DOW-UAP-D19, Mission Report, Syria, February 21, 2023
Agency: Department of War
Incident date: 2/21/23
Incident location: Syria
Page 3
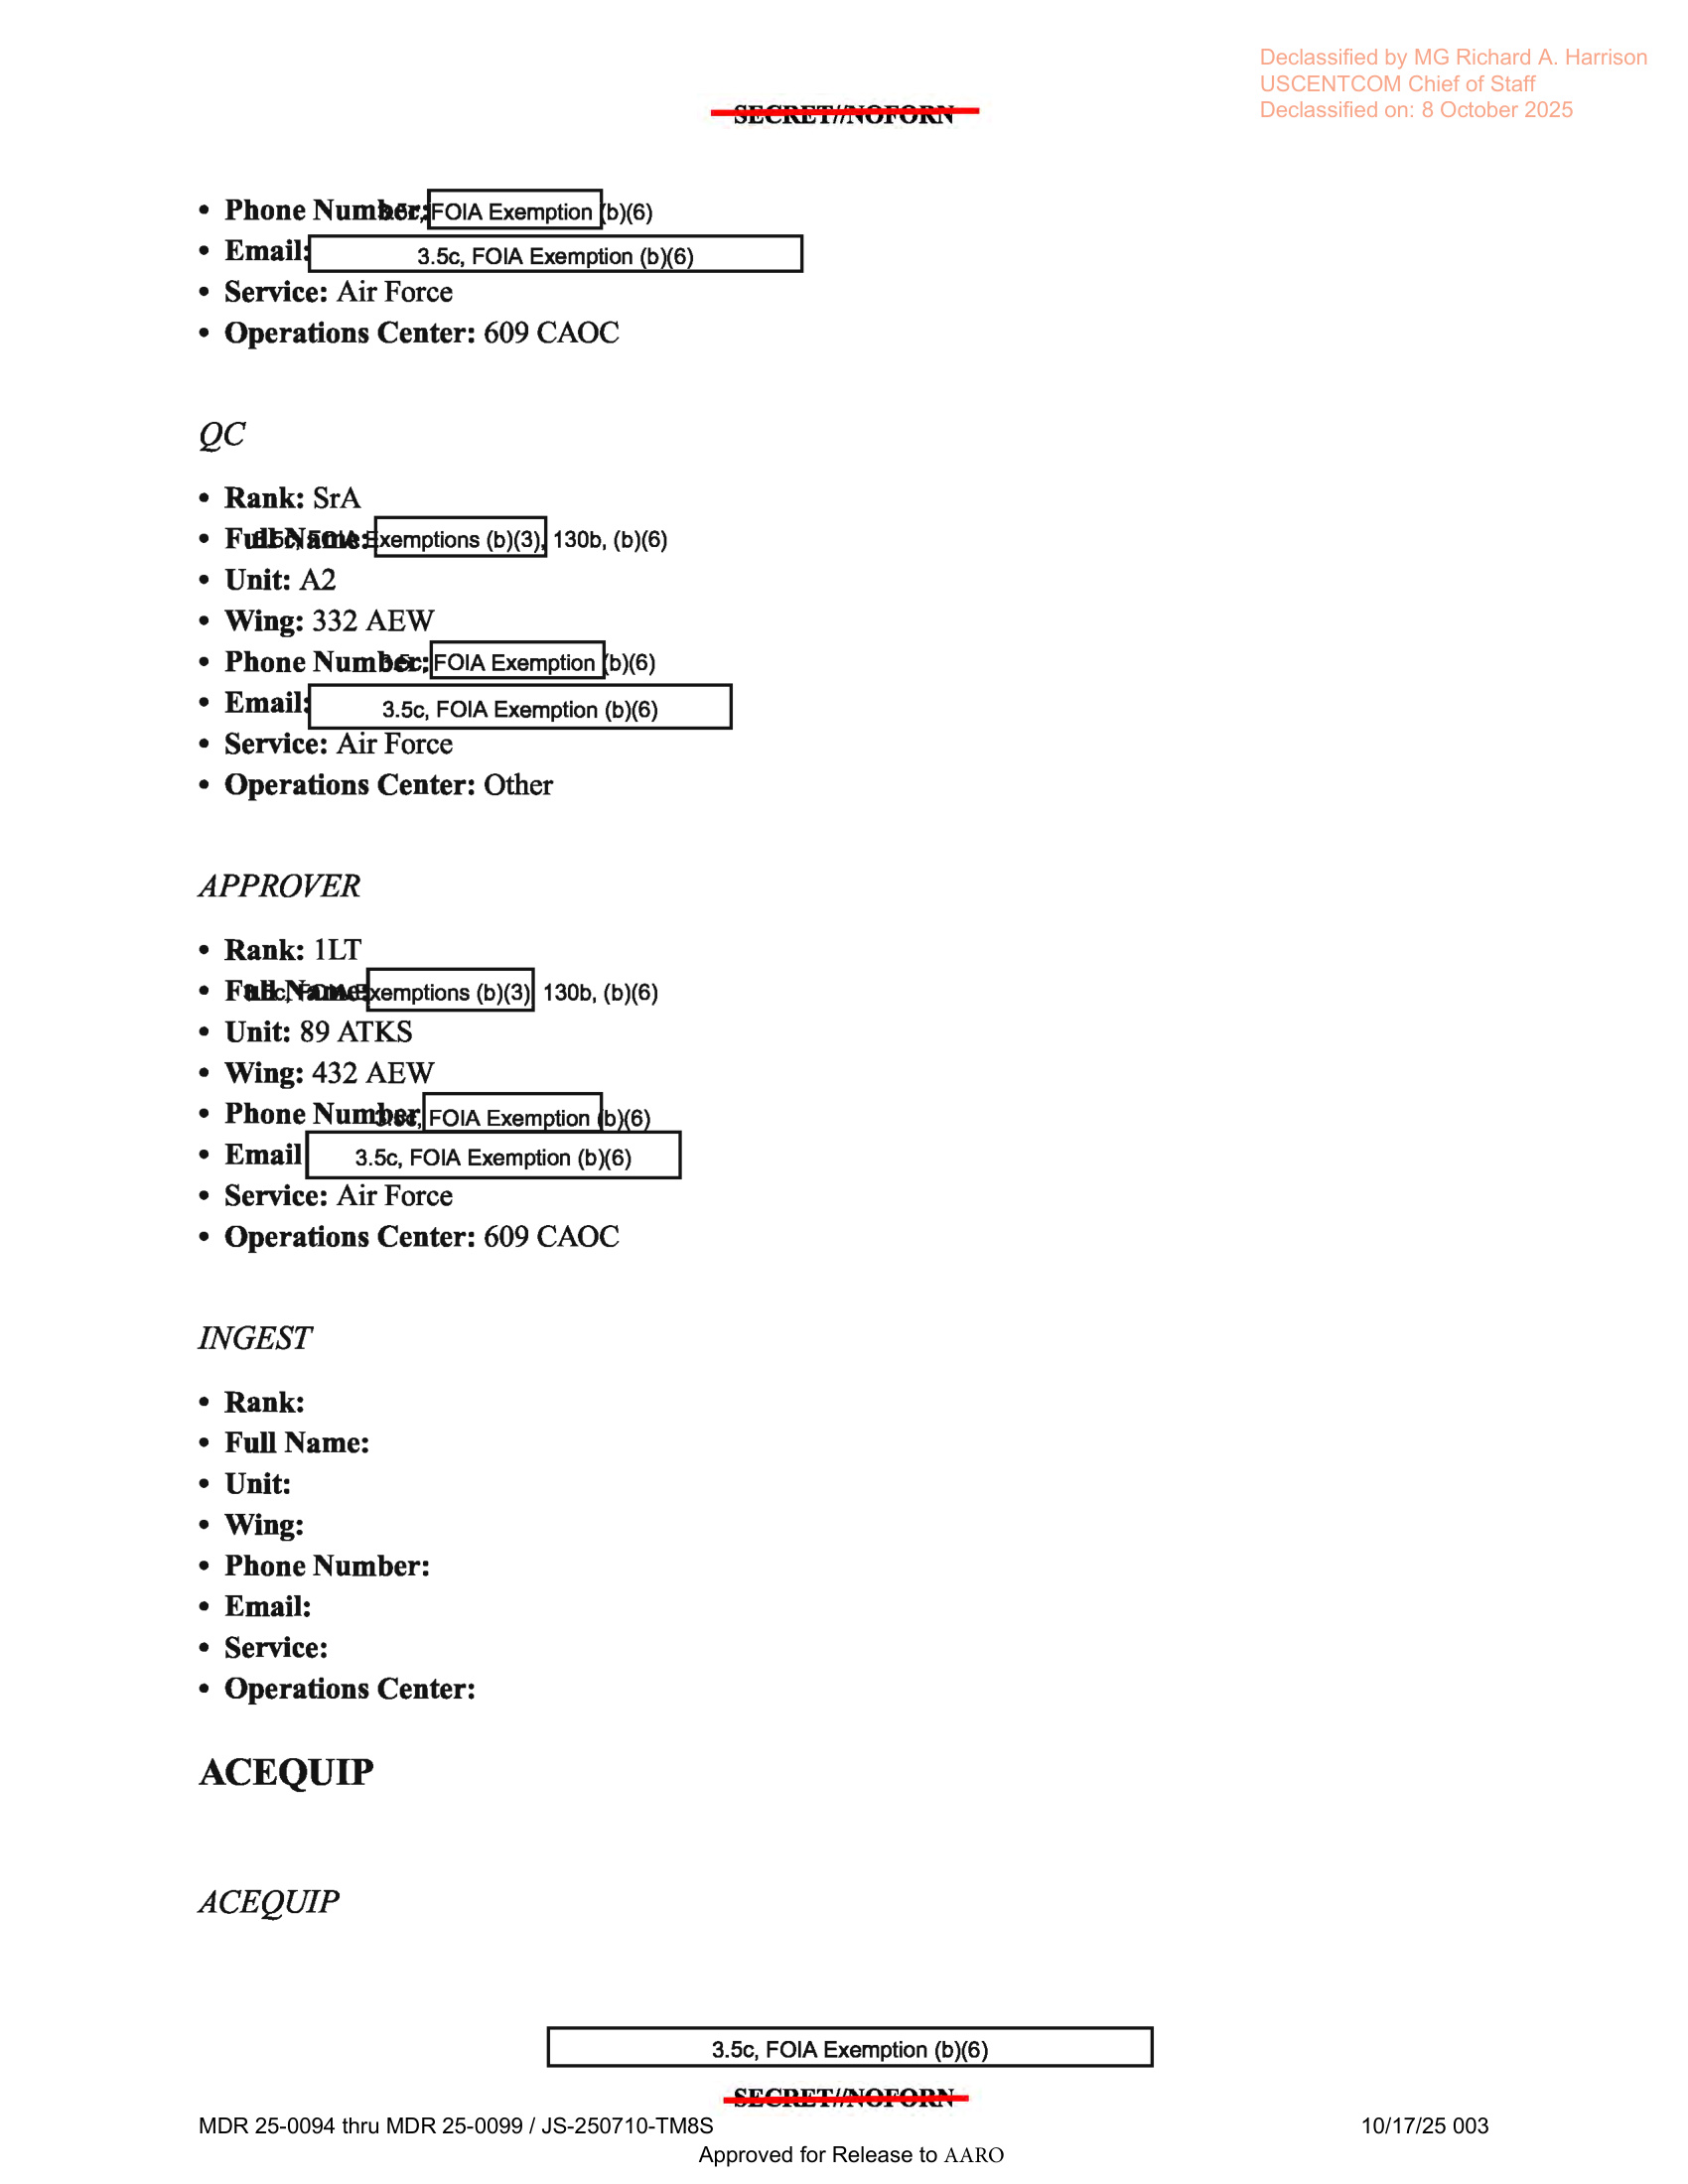